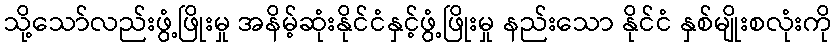
သို့သော်လည်းဖွံ့ဖြိုးမှု အနိမ့်ဆုံးနိုင်ငံနှင့်ဖွံ့ဖြိုးမှု နည်းသော နိုင်ငံ နှစ်မျိုးစလုံးကို